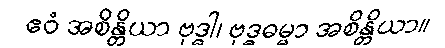
ဧဝံ အစိန္တိယာ ဗုဒ္ဓါ၊ ဗုဒ္ဓဓမ္မာ အစိန္တိယာ။